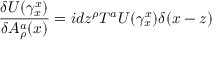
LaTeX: \frac { \delta U ( \gamma _ { x } ^ { x } ) } { \delta A _ { \rho } ^ { a } ( x ) } = i d z ^ { \rho } T ^ { a } U ( \gamma _ { x } ^ { x } ) \delta ( x - z )